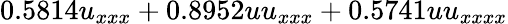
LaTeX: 0.5814u_{xxx}+0.8952uu_{xxx}+0.5741uu_{xxxx}